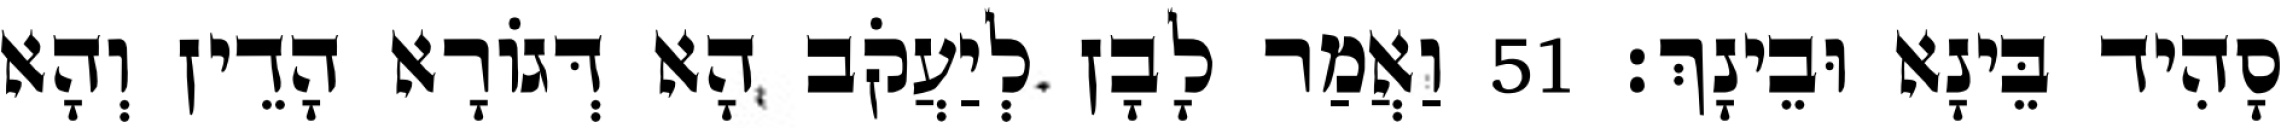
סָהִיד בֵּינָא וּבֵינָךְ׃ 51 וַאֲמַר לָבָן לְיַעֲקֹב הָא דְּגוֹרָא הָדֵין וְהָא